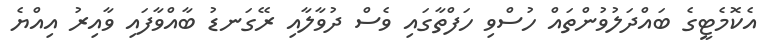
އެކޮމެޓީގެ ބައްދަލުވުންތައް ހުސްވި ހަފްތާގައި ވެސް ދުވާލާއި ރޭގަނޑު ބާއްވާފައި ވާއިރު އިއްޔެ